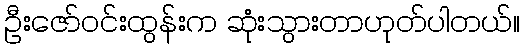
ဦးဇော်ဝင်းထွန်းက ဆုံးသွားတာဟုတ်ပါတယ်။